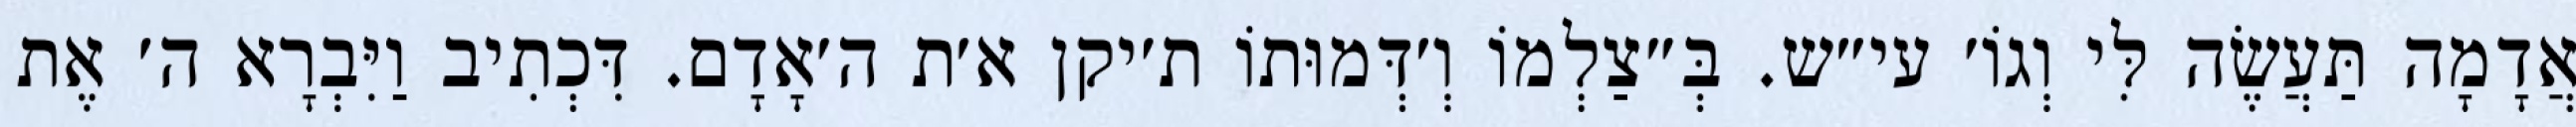
אֲדָמָה תַּעֲשֶׂה לִּי וְגוֹ׳ עי״ש. בְּ״צַלְמוֹ וְ׳דְּמוּתוֹ ת׳יקן א׳ת ה׳אָדָם. דִּכְתִיב וַיִּבְרָא ה׳ אֶת